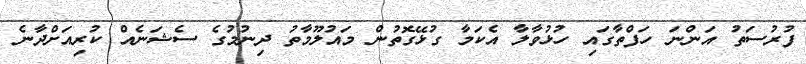
ފުރުސަތު އަންނަ ހަފްތާގައި ހުޅުވާލާ އެކަމާ ގުޅޭގޮތުން މައުލޫމާތު ދިނުމުގެ ސެޝަނެއް ކުރިއަށްދާނެ